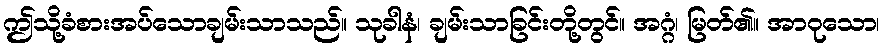
ဤသို့ခံစားအပ်သောချမ်းသာသည်။ သုခါနံ၊ ချမ်းသာခြင်းတို့တွင်။ အဂ္ဂံ၊ မြတ်၏။ အာဝုသော၊